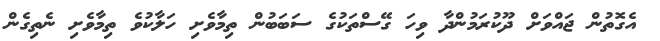
އެގޮތުން ޖައްވަށް ދޫކުރަމުންދާ ވިހަ ގޭސްތަކުގެ ސަބަބުން ތިމާވެށި ހަލާކުވެ ތިމާވެށި ނެތިގެން